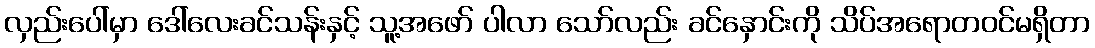
လှည်းပေါ်မှာ ဒေါ်လေးခင်သန်းနှင့် သူ့အဖော် ပါလာ သော်လည်း ခင်နှောင်းကို သိပ်အရောတဝင်မရှိတာ